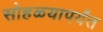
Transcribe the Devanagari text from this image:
सोहळ्यापर्यंत